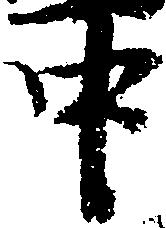
中